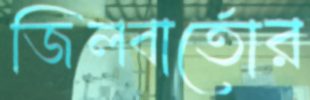
জিলবার্তোর